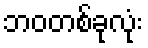
ဘဝတစ်ခုလုံး